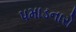
પમાડનારો